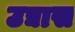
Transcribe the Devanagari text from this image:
उद्यास